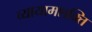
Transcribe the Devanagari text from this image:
व्यायामशक्ति